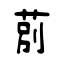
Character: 莂